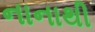
નાનાથી